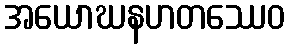
အယောဃနဟတဿေဝ